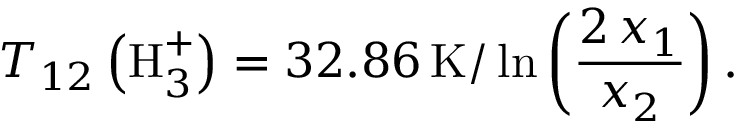
T _ { 1 2 } \left( \mathrm { H } _ { 3 } ^ { + } \right) = 3 2 . 8 6 \, \mathrm { K } / \ln \left( \frac { 2 \, x _ { 1 } } { x _ { 2 } } \right) .